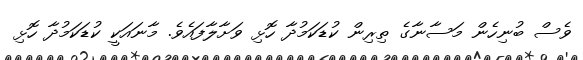
ވެސް ބުނިހެން މަސާނާގެ ތިރިން ކުޑަކަމުދާ ހޮޅި ވަށާލާފައެވެ. މާނައަކީ ކުޑަކަމުދާ ހޮޅި